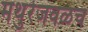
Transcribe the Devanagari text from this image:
मथुरेजवळच